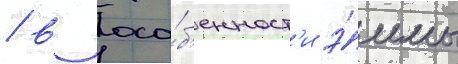
/ в осо́б'енност'и э́ммы